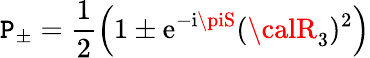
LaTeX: {\cal\mathtt{P}}_{\pm}=\frac{{1}}{{2}}\left(1\pm{\mathrm{e}}^{-{\mathrm{i}}\piS}({\calR}_{3})^{2}\right)